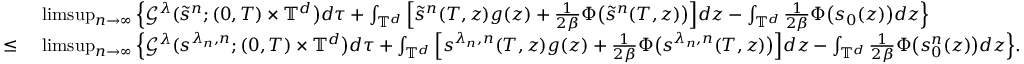
\begin{array} { r l } & { \ \operatorname* { l i m s u p } _ { n \rightarrow \infty } \Big \{ \mathcal { G } ^ { \lambda } ( \tilde { s } ^ { n } ; ( 0 , T ) \times \mathbb { T } ^ { d } \big ) d \tau + \int _ { \mathbb { T } ^ { d } } \Big [ \tilde { s } ^ { n } ( T , z ) { g } ( z ) + \frac { 1 } { 2 \beta } \Phi \big ( \tilde { s } ^ { n } ( T , z ) \big ) \Big ] d z - \int _ { \mathbb { T } ^ { d } } \frac { 1 } { 2 \beta } \Phi \big ( s _ { 0 } ( z ) \big ) d z \Big \} } \\ { \leq } & { \ \operatorname* { l i m s u p } _ { n \rightarrow \infty } \Big \{ \mathcal { G } ^ { \lambda } ( s ^ { \lambda _ { n } , n } ; ( 0 , T ) \times \mathbb { T } ^ { d } \big ) d \tau + \int _ { \mathbb { T } ^ { d } } \Big [ { s } ^ { \lambda _ { n } , n } ( T , z ) { g } ( z ) + \frac { 1 } { 2 \beta } \Phi \big ( s ^ { \lambda _ { n } , n } ( T , z ) \big ) \Big ] d z - \int _ { \mathbb { T } ^ { d } } \frac { 1 } { 2 \beta } \Phi \big ( s _ { 0 } ^ { n } ( z ) \big ) d z \Big \} . } \end{array}